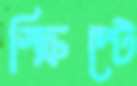
স্ক্রিপ্টে